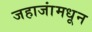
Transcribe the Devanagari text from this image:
जहाजांमधून